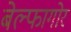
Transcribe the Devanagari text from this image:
बेल्फागोर